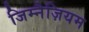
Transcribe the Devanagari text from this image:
जिम्नैज़ियम